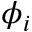
\phi _ { i }